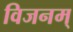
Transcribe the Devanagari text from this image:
विजनम्